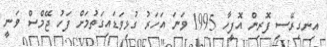
އިނގިރޭސި ފޮރިން އޮފީހާ 1995 ވަނަ އަހަރު ގުޅިވަޑައިގަތުމަށް ފަހު ޖޭމްސް ވަނީ